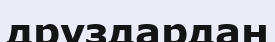
друздардан